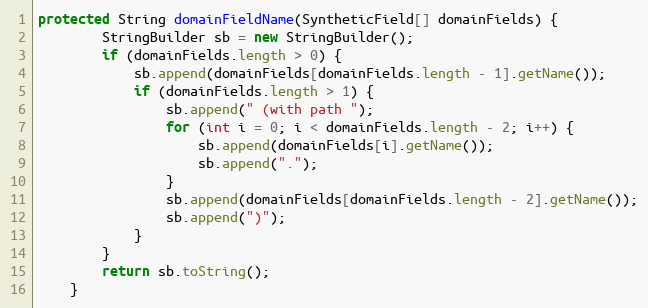
Language: Java
protected String domainFieldName(SyntheticField[] domainFields) {
        StringBuilder sb = new StringBuilder();
        if (domainFields.length > 0) {
            sb.append(domainFields[domainFields.length - 1].getName());
            if (domainFields.length > 1) {
                sb.append(" (with path ");
                for (int i = 0; i < domainFields.length - 2; i++) {
                    sb.append(domainFields[i].getName());
                    sb.append(".");
                }
                sb.append(domainFields[domainFields.length - 2].getName());
                sb.append(")");
            }
        }
        return sb.toString();
    }